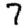
Digit: 7